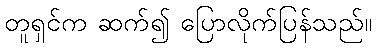
တူရှင်က ဆက်၍ ပြောလိုက်ပြန်သည်။